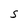
Character: S